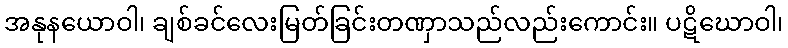
အနုနယောဝါ၊ ချစ်ခင်လေးမြတ်ခြင်းတဏှာသည်လည်းကောင်း။ ပဋိဃောဝါ၊